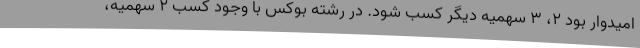
امیدوار بود 2، 3 سهمیه دیگر کسب شود. در رشته بوکس با وجود کسب 2 سهمیه،